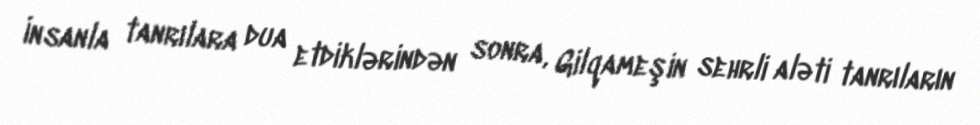
İnsanla tanrılara dua etdiklərindən sonra, Gilqameşin sehrli aləti tanrıların